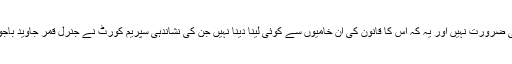
انہوں نے وضاحت کی کہ اس آرٹیکل کو بدلنے کی کوئی ضرورت نہیں اور یہ کہ اس کا قانون کی ان خامیوں سے کوئی لینا دینا نہیں جن کی نشاندہی سپریم کورٹ نے جنرل قمر جاوید باجوہ کی توسیع پر ہونے والی سماعتوں کے دوران کی تھی۔